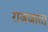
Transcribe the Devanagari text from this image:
राजजात।